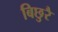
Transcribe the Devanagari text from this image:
बिछुरै